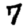
Digit: 7